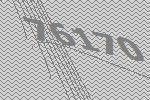
76170